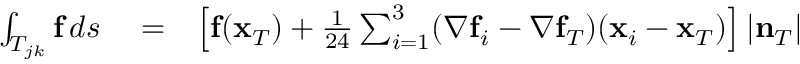
\begin{array} { r l r } { \int _ { T _ { j k } } { \bf f } \, d s } & { { } = } & { \left[ { \bf f } ( { \bf x } _ { T } ) + \frac { 1 } { 2 4 } \sum _ { i = 1 } ^ { 3 } ( \nabla { \bf f } _ { i } - \nabla { \bf f } _ { T } ) ( { \bf x } _ { i } - { \bf x } _ { T } ) \right] | { \bf n } _ { T } | } \end{array}